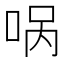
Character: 㖞